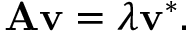
\mathbf { A } \mathbf { v } = \lambda \mathbf { v } ^ { * } .